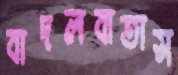
বাদলবাতাস